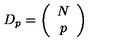
D _ { p } = \left( \begin{array} { c } { N } \\ { p } \\ \end{array} \right)